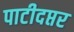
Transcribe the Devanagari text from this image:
पाटीदप्तर